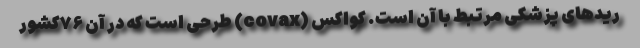
ریدهای پزشکی مرتبط با آن است. کواکس (covax) طرحی است که در آن ۷۶کشور